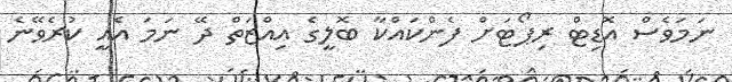
ނަމަވެސް އޮޑިޓް ރިޕޯޓަށް ފެންކައްކާ ބޮލީގެ އިއްޒަތް ދޭ ނަމަ އެއީ ކުރެވޭނެ